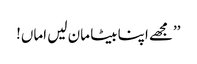
’’مجھے اپنا بیٹا مان لیں اماں!